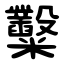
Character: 糳